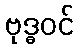
ဗုဒ္ဓဝင်